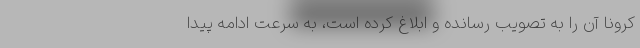
کرونا آن را به تصویب رسانده و ابلاغ کرده است، به سرعت ادامه پیدا